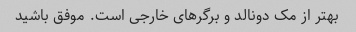
بهتر از مک دونالد و برگرهای خارجی است. موفق باشید